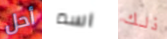
أحل اسم ذلك